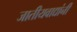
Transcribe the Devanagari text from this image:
जातीयवाद्यांनी